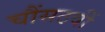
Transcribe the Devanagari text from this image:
चौंसठवीं